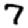
Digit: 7